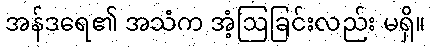
အန်ဒရေ၏ အသံက အံ့ဩခြင်းလည်း မရှိ။